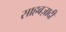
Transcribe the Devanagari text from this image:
साहबज़ादी